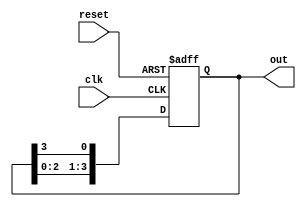
module ring_counter #(
    parameter N = 4  // Parameter to set the number of flip-flops (states)
) (
    input wire clk,      // Clock input
    input wire reset,    // Asynchronous reset input
    output reg [N-1:0] out // Output representing the current state
);

// Initial state
initial begin
    out = 1'b1; // Start with only the least significant bit set to 1 (e.g., 0001 for N=4)
end

// Always block to implement the ring counter behavior
always @(posedge clk or posedge reset) begin
    if (reset) begin
        // Reset the counter to the initial state
        out <= 1'b1; // 1000 for N = 4
    end else begin
        // Perform the ring shift
        out <= {out[N-2:0], out[N-1]}; // Shift left and feedback the last bit
    end
end

endmodule